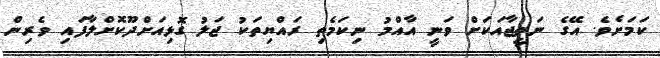
ކަމަށެވެ. އޭގެ ނަތީޖާއަކަށް ވަނީ އާއްމު ނިކަމެތި ރައްޔިތަކު ޖަލު ގޮޅިއަށްދޫކޮށްލާފައި ވެރިން